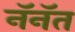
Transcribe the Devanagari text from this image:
नॅनॅत